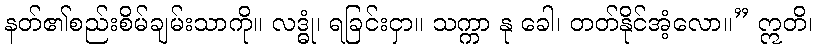
နတ်၏စည်းစိမ်ချမ်းသာကို။ လဒ္ဓုံ၊ ရခြင်းငှာ။ သက္ကာ နု ခေါ၊ တတ်နိုင်အံ့လော။” ဣတိ၊